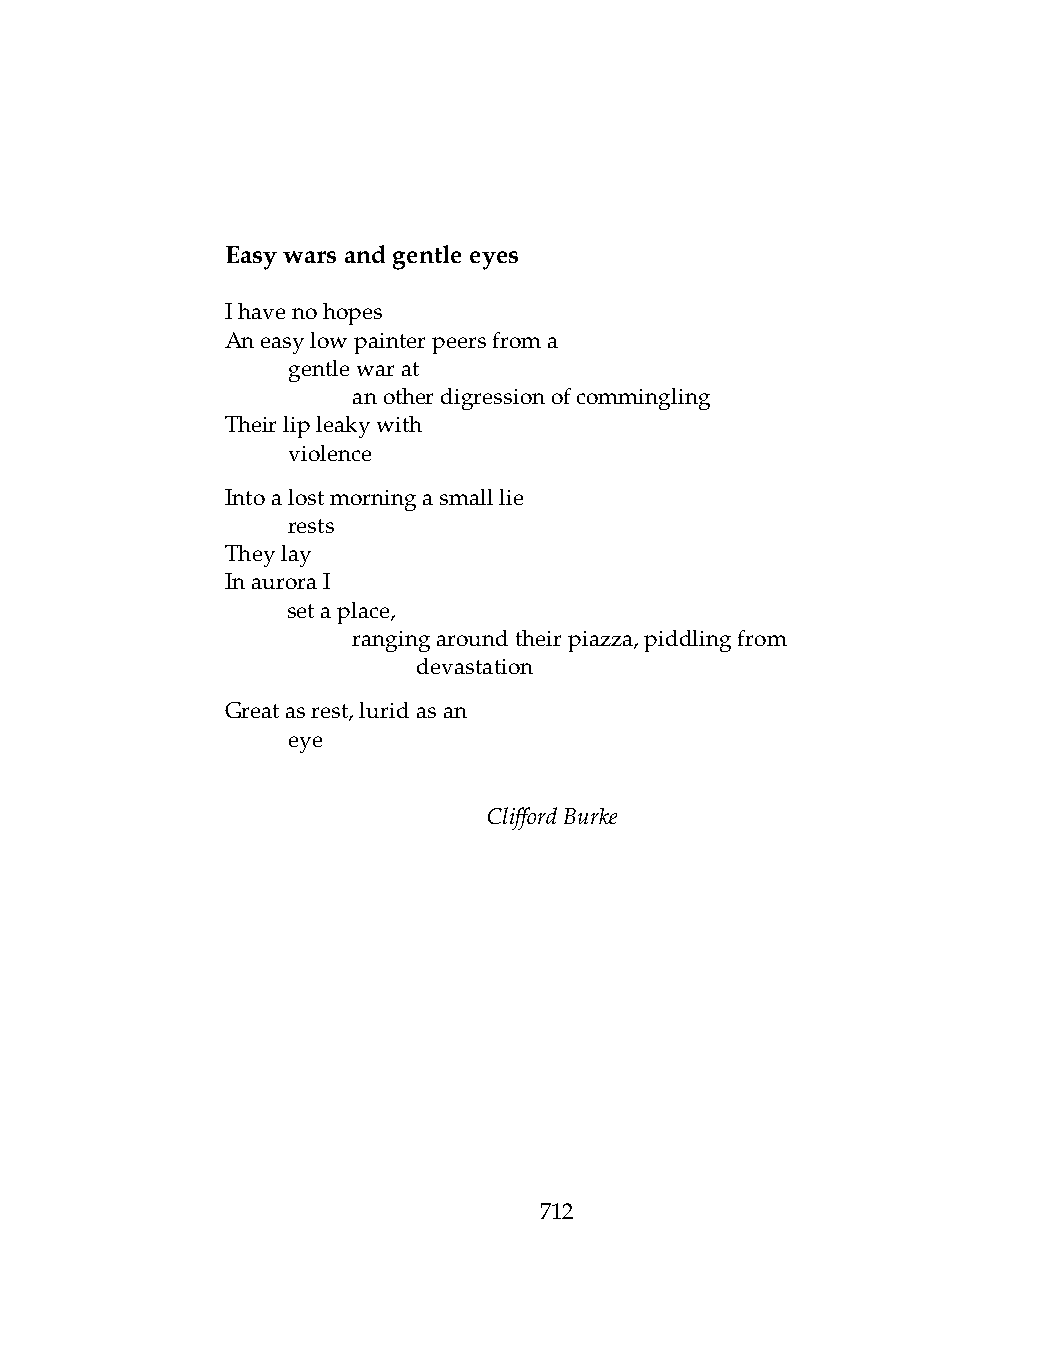
Easywarsandgentleeyes
 Ihavenohopes
 Aneasylowpainterpeersfroma
 .   gentlewarat
 .   .   anotherdigressionofcommingling
 Theirlipleakywith
 .   violence
 Intoalostmorningasmalllie
 .   rests
 Theylay
 InauroraI
 .   setaplace,
 .   .   rangingaroundtheirpiazza,piddlingfrom
 .   .   .    devastation
 Greatasrest,luridasan
 .   eye
 CliffordBurke
 712